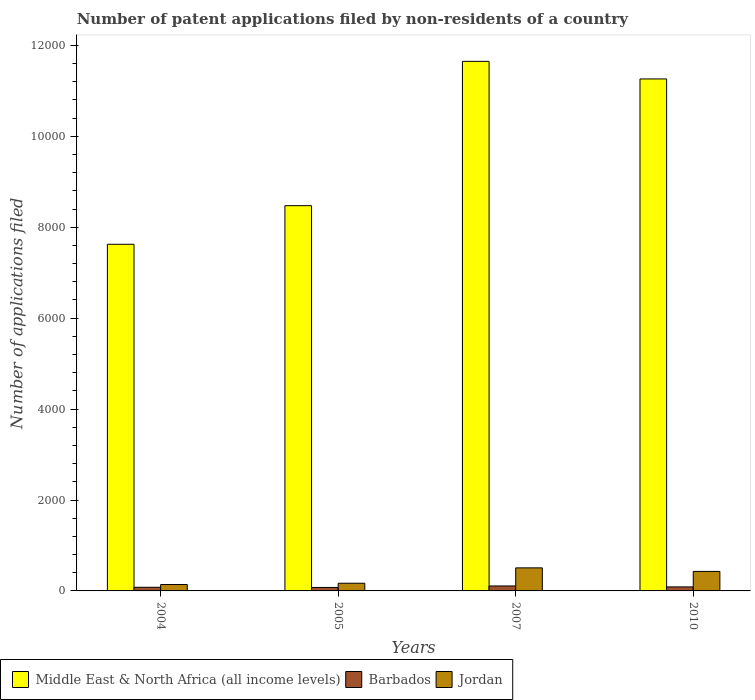
| Years | Middle East & North Africa (all income levels) | Barbados | Jordan |
 | --- | --- | --- | --- |
 | 2004 | 7.63e+03 | 80 | 141 |
 | 2005 | 8.48e+03 | 76 | 169 |
 | 2007 | 1.16e+04 | 109 | 507 |
 | 2010 | 1.13e+04 | 88 | 429 |